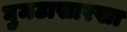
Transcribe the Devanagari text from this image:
घुमटासारखा